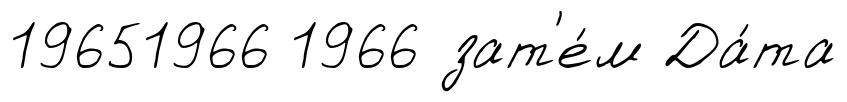
19651966 1966 зат'е́м Да́та